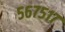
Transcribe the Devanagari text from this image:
५६७५१७